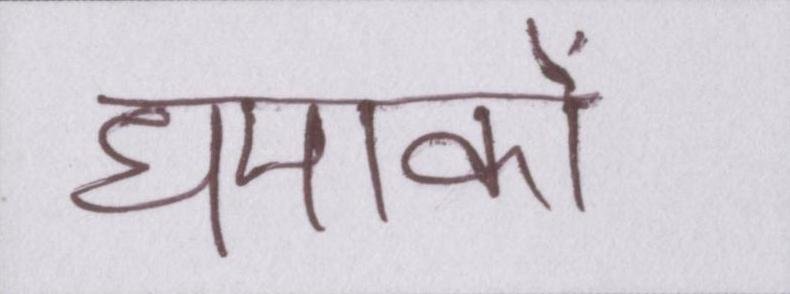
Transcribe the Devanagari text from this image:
धमाकों